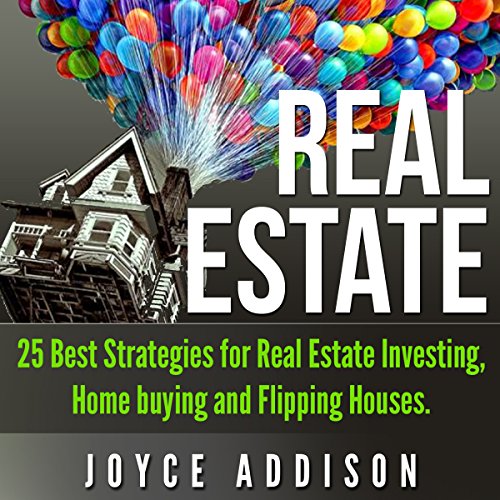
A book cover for Real Estate: 25 Best Strategies for Real Estate Investing, Home Buying, and Flipping Houses; Joyce Addison; Business & Money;